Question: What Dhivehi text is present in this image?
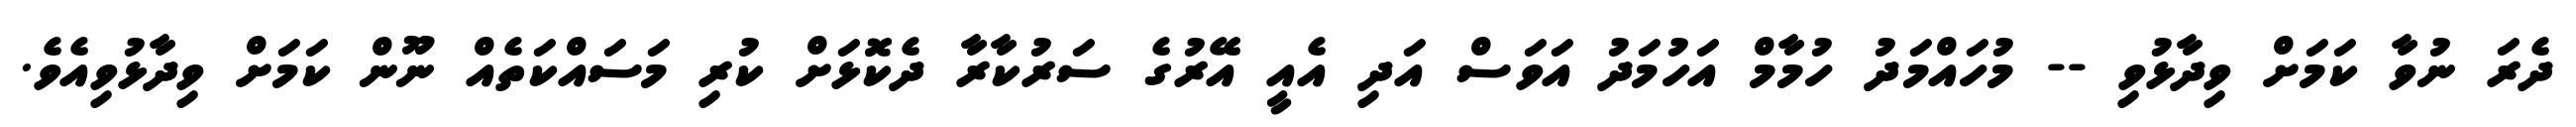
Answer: ދެރަ ނުވާ ކަމަށް ވިދާޅުވި -- މުހައްމަދު ހުމާމް އަހުމަދު އަވަސް އަދި އެއީ އޭރުގެ ސަރުކާރާ ދެކޮޅަށް ކުރި މަސައްކަތެއް ނޫން ކަމަށް ވިދާޅުވިއެވެ.